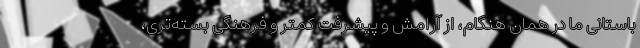
باستانیِ ما در همان هنگام، از آرامش و پیشرفت کمتر و فرهنگی بسته‌تری،